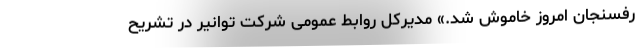
رفسنجان امروز خاموش شد.» مدیرکل روابط عمومی شرکت توانیر در تشریح